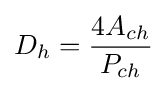
D_{h}={\frac {4A_{ch}}{P_{ch}}}